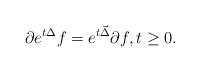
LaTeX: \begin{align*} \partial e^{t\Delta} f=e^{t\vec\Delta} \partial f, t \ge 0.\end{align*}